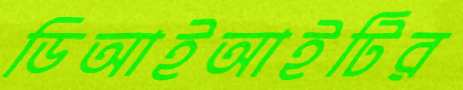
ডিআইআইটির